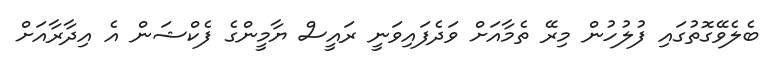
ބެލެވޭގޮތުގައި ފުލުހުން މިރޭ ތެމާއަށް ވަދެފައިވަނީ ރައީސް ޔާމީންގެ ފެކްޝަން އެ އިދާރާއަށް